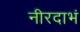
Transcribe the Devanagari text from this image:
नीरदाभं